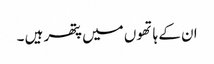
ان کے ہاتھوں میں پتھر ہیں ۔